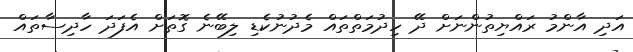
އަދި އާންމު ރައްޔިތުންނަށް ދޭ ހިދުމަތްތައް މެދުނުކެޑި ލިބޭނެ ގޮތަށް އެފަދަ ހާދިސާތައް